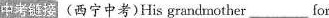
中考链接 (西宁中考)His grandmother___for